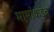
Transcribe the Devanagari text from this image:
मामांकडेच